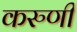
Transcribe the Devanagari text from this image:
करुणी